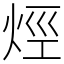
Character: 烴